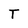
Character: T